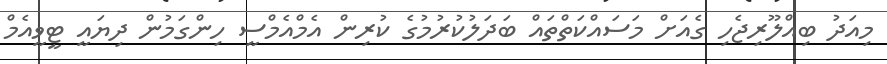
މިއަދު ބިއްލޫރިޖެހި ގެއަށް މަސައްކަތްތައް ބަދަލުކުރުމުގެ ކުރިން އެމްއެމްސީ ހިންގަމުން ދިޔައީ ޓީވީއެމް